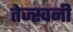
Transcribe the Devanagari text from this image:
तेज्स्वनी